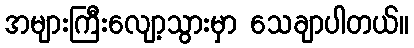
အများကြီးလျော့သွားမှာ သေချာပါတယ်။